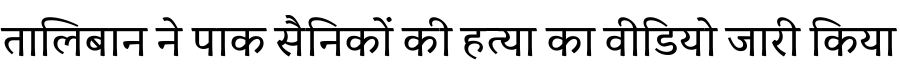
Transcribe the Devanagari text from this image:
तालिबान ने पाक सैनिकों की हत्या का वीडियो जारी किया